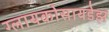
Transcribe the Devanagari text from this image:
ग्लायकोसायडेझ